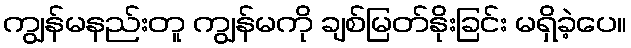
ကျွန်မနည်းတူ ကျွန်မကို ချစ်မြတ်နိုးခြင်း မရှိခဲ့ပေ။